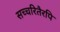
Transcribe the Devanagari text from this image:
सच्चरितैरपि